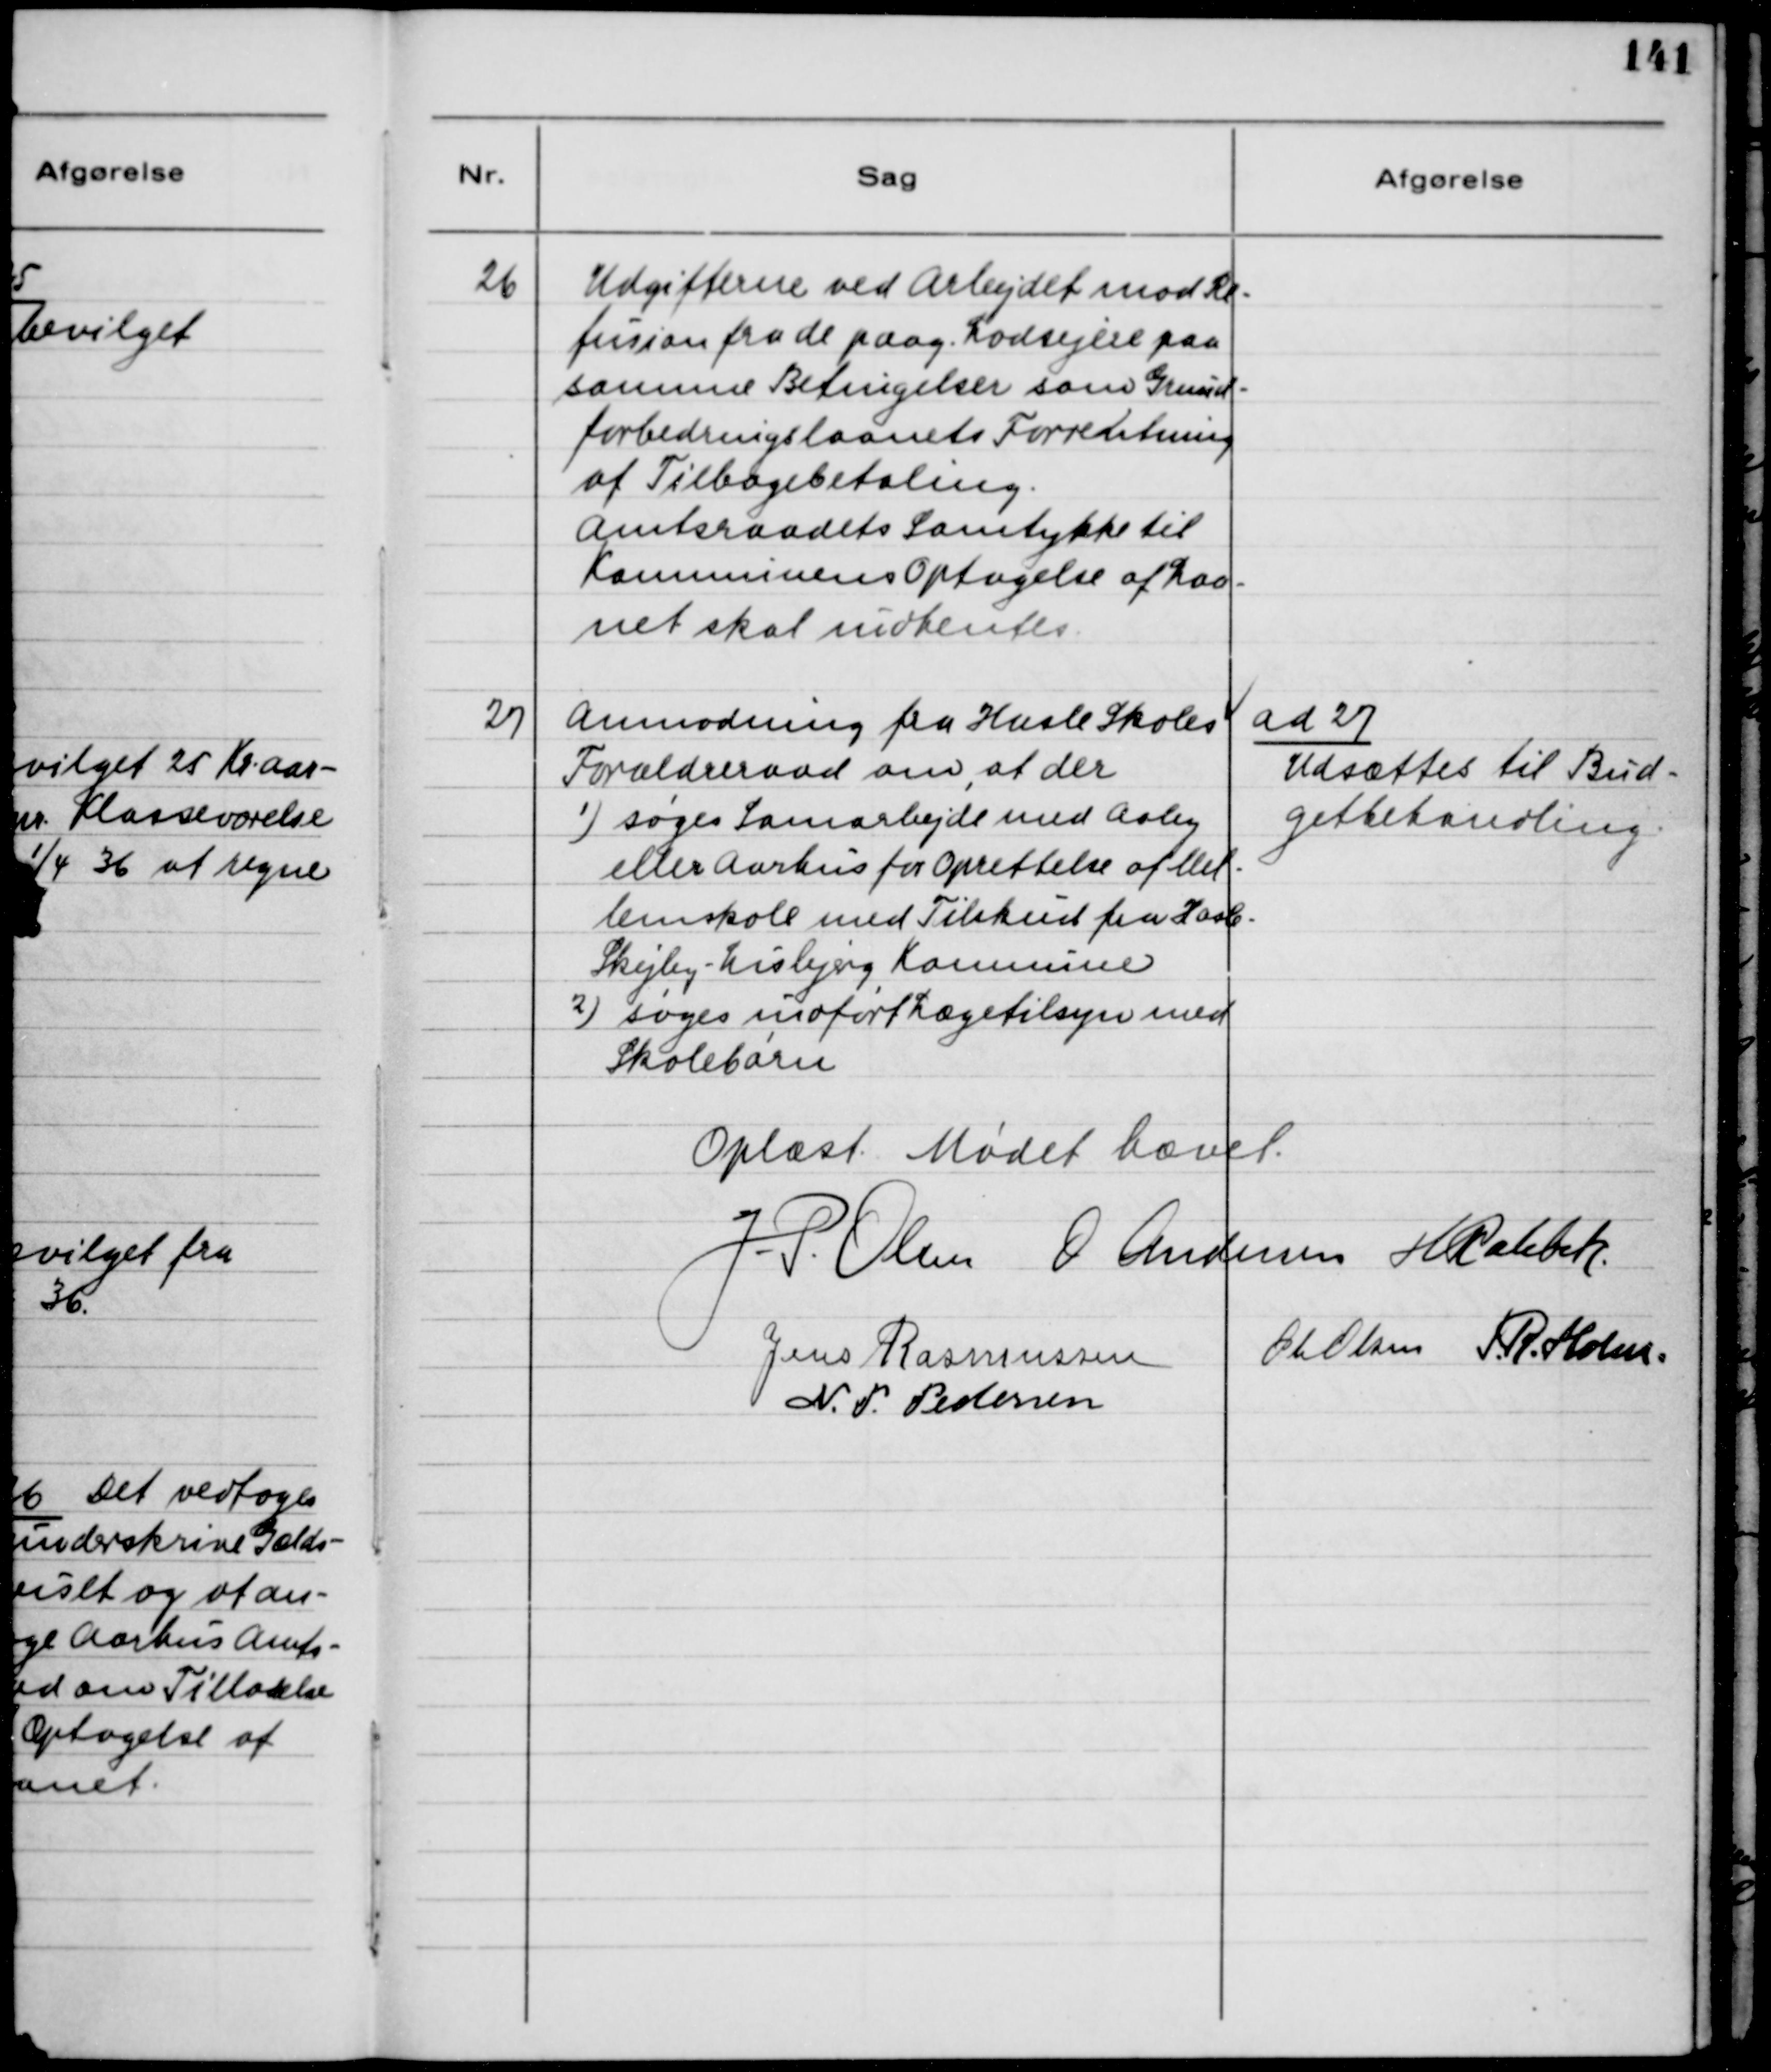
Transskription:
26
Udgifterne ved Arbejdet mod Re-
fusion fra de paag. Lodsejere paa
samme Betingelser som Grund-
forbedringslaanets Forrentning
af Tilbagebetaling.
Amtsraadets Samtykke til
Kommunens Optagelse af Laa-
net skal indhentes.
27
Anmodning fra Hasle Skoles
Forældreraad om, at der
1) søges Samarbejde med Aaby
eller Aarhus for Oprettelse af Mel-
lemskole med Tilskud fra Hasle-
Skejby-Lisbjerg Kommune
2) søges indført Lægetilsyn med
Skolebørn
ad 27
Udsættes til Bud-
getbehandling.
Oplæst. Mødet hævet.
J.P. Olsen
O Andersen
H Rahbek
Jens Rasmussen
Ole Olsen
J.R. Holm
N.P. Pedersen